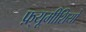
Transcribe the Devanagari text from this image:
फ़्यूमीशियो